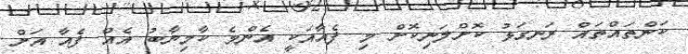
ކަންތައްތައް ރަނގަޅު ކޮށްލަނިކޮށް މި ފެއާއަކީ އެންމެ ކާމިޔާބު އެއް ފެއާ އަށް